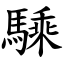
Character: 騬